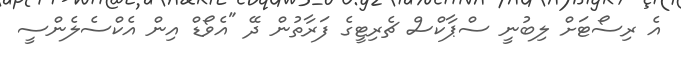
އެ ރިސޯޓަށް ލިބުނީ ސްޕާކްސް ޗެރިޓީގެ ފަރާތުން ދޭ "އެވޯޑް އިން އެކްސެލެންސީ